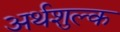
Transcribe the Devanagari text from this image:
अर्थशुल्क